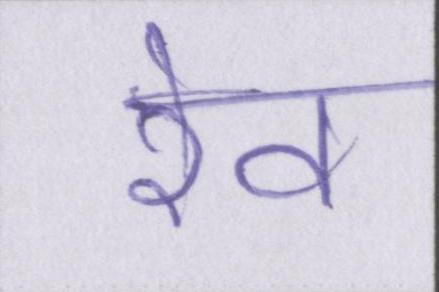
रेव